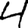
Digit: 4